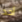
أخد